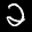
Label: 2